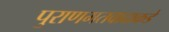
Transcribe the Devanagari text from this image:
पुराणमतवादाकडे